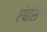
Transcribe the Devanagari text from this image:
एंबॉस